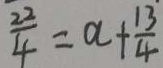
\frac { 2 2 } { 4 } = a + \frac { 1 3 } { 4 }